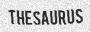
THESAURUS